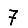
Digit: 7